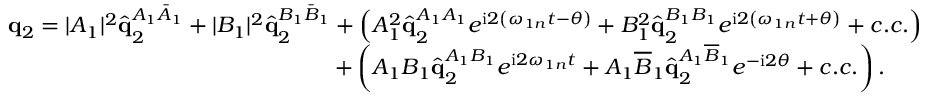
\begin{array} { r } { \mathbf { q } _ { 2 } = | A _ { 1 } | ^ { 2 } \hat { \mathbf { q } } _ { 2 } ^ { A _ { 1 } \bar { A } _ { 1 } } + | B _ { 1 } | ^ { 2 } \hat { \mathbf { q } } _ { 2 } ^ { B _ { 1 } \bar { B } _ { 1 } } + \left( A _ { 1 } ^ { 2 } \hat { \mathbf { q } } _ { 2 } ^ { A _ { 1 } A _ { 1 } } e ^ { \mathrm { i } 2 \left( \omega _ { 1 n } t - \theta \right) } + B _ { 1 } ^ { 2 } \hat { \mathbf { q } } _ { 2 } ^ { B _ { 1 } B _ { 1 } } e ^ { \mathrm { i } 2 \left( \omega _ { 1 n } t + \theta \right) } + c . c . \right) } \\ { + \left( A _ { 1 } B _ { 1 } \hat { \mathbf { q } } _ { 2 } ^ { A _ { 1 } B _ { 1 } } e ^ { \mathrm { i } 2 \omega _ { 1 n } t } + A _ { 1 } \overline { { B } } _ { 1 } \hat { \mathbf { q } } _ { 2 } ^ { A _ { 1 } \overline { { B } } _ { 1 } } e ^ { - \mathrm { i } 2 \theta } + c . c . \right) . \ \ \ \ \ } \end{array}